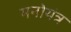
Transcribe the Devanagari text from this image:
मनोयंत्र